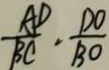
\frac { A D } { B C } \cdot \frac { D O } { B O }